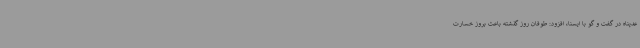
عدپناه در گفت و گو با ایسنا، افزود: طوفان روز گذشته باعث بروز خسارت